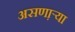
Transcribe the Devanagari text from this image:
असणा़ऱ्या